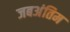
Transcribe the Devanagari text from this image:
जबअंतिम